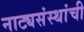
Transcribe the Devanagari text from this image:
नाट्यसंस्थांची